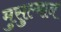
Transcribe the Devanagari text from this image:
मुसुल्मान